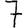
Digit: 7